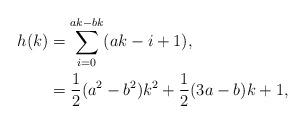
LaTeX: \begin{align*}h(k)&=\sum_{i=0}^{ak-bk}(ak-i+1), \\ &=\frac{1}{2}(a^2-b^2)k^2+\frac{1}{2}(3a-b)k+1,\end{align*}